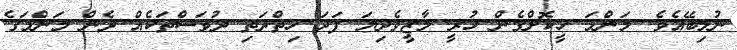
ނުލިބޭއެވެ. މަންމަ ހީކޮށްގެން ހުރީ މާޒީވެދިޔަ ފަދަ ހިތްދަތި ދުވަސްތަކެއް ދެން މަންމަގެ